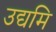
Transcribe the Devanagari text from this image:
उद्यमि